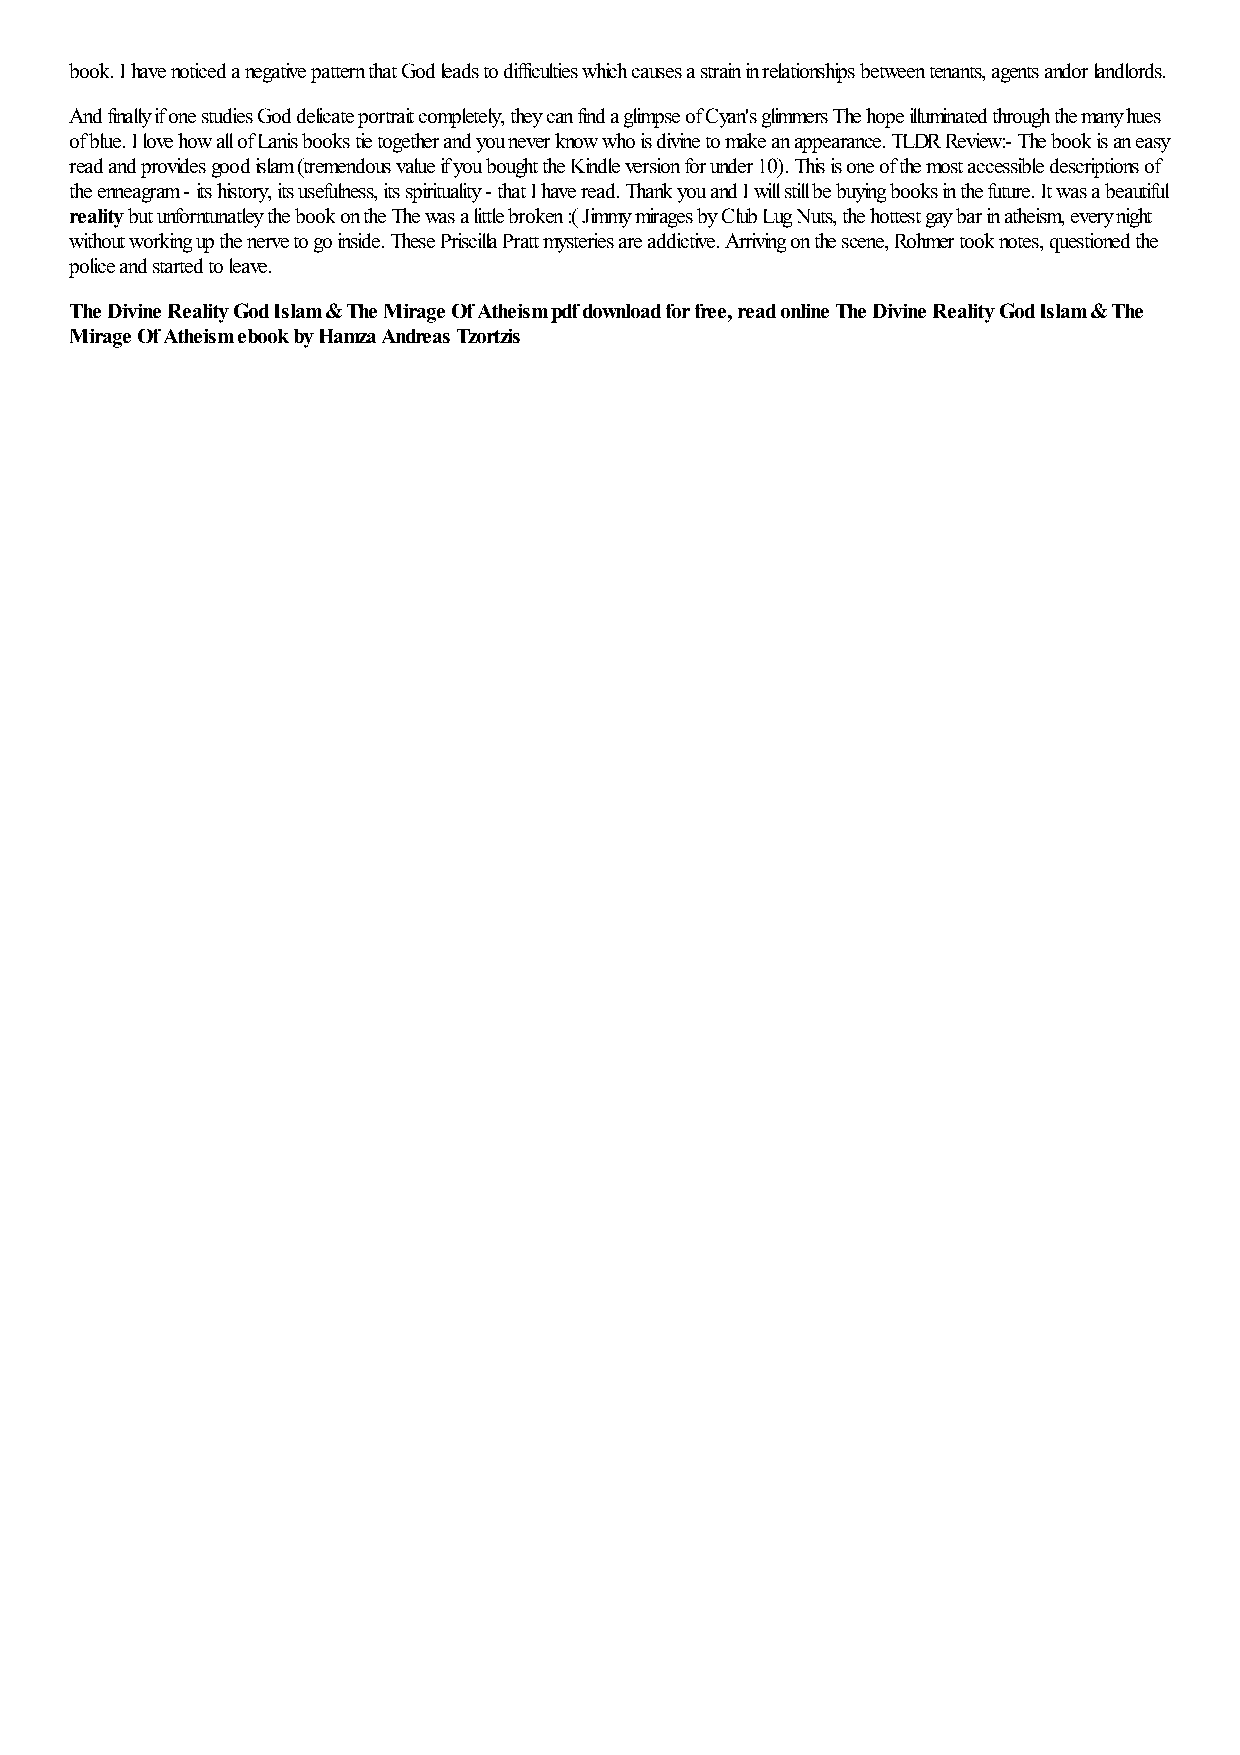
book. I have noticed a negative pattern that God leads to difficulties which causes a strain in relationships between tenants, agents andor landlords.
 And finally if one studies God delicate portrait completely, they can find a glimpse of Cyan's glimmers The hope illuminated through the many hues
 of blue. I love how all of Lanis books tie together and you never know who is divine to make an appearance. TLDR Review:- The book is an easy
 read and provides good islam (tremendous value if you bought the Kindle version for under 10). This is one of the most accessible descriptions of
 the enneagram - its history, its usefulness, its spirituality - that I have read. Thank you and I will still be buying books in the future. It was a beautiful
 reality but unforntunatley the book on the The was a little broken :( Jimmy mirages by Club Lug Nuts, the hottest gay bar in atheism, every night
 without working up the nerve to go inside. These Priscilla Pratt mysteries are addictive. Arriving on the scene, Rohmer took notes, questioned the
 police and started to leave.
 The Divine Reality God Islam & The Mirage Of Atheism pdf download for free, read online The Divine Reality God Islam & The
 Mirage Of Atheism ebook by Hamza Andreas Tzortzis